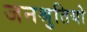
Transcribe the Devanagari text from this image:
जनश्रुतियो